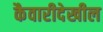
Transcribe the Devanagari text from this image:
कैवारीदेखील